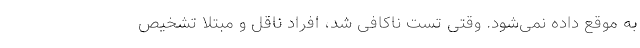
به موقع داده نمی‌شود. وقتی تست ناکافی شد، افراد ناقل و مبتلا تشخیص